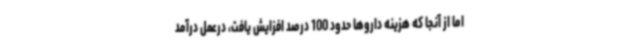
اما از آنجا که هزینه داروها حدود 100 درصد افزایش یافت، درعمل درآمد